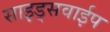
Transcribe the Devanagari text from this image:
साइड्सवाईप